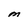
Character: M